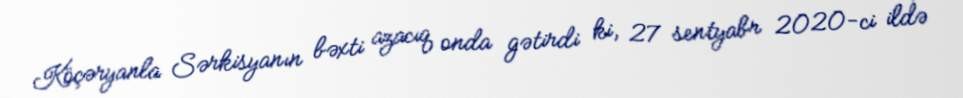
Köçəryanla Sərkisyanın bəxti azacıq onda gətirdi ki, 27 sentyabr 2020-ci ildə